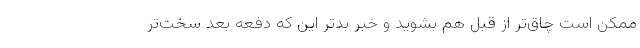
ممکن است چاق‌تر از قبل هم بشوید و خبر بدتر این‌ که دفعه بعد سخت‌تر